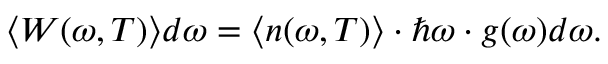
\langle W ( \omega , T ) \rangle d \omega = \langle n ( \omega , T ) \rangle \cdot \hbar \omega \cdot g ( \omega ) d \omega .